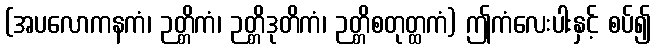
(အပလောကနကံ၊ ဉတ္တိကံ၊ ဉတ္တိဒုတိကံ၊ ဉတ္တိစတုတ္ထကံ) ဤကံလေးပါးနှင့် စပ်၍